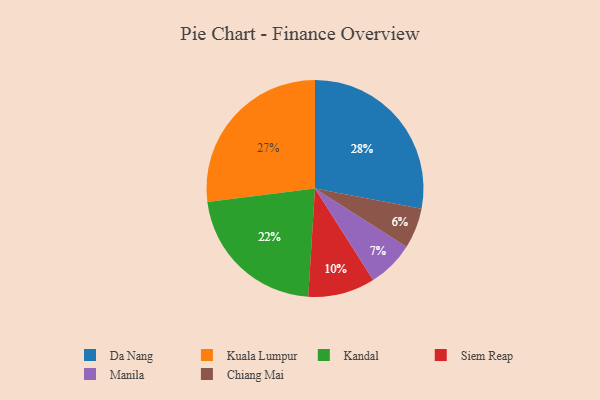
{"axis": {"x": "Category", "y": "Percentage"}, "legend": ["Chiang Mai", "Da Nang", "Kandal", "Kuala Lumpur", "Manila", "Siem Reap"], "data": [{"x": "Chiang Mai", "y": 6, "type": "Chiang Mai"}, {"x": "Siem Reap", "y": 10, "type": "Siem Reap"}, {"x": "Manila", "y": 7, "type": "Manila"}, {"x": "Kuala Lumpur", "y": 27, "type": "Kuala Lumpur"}, {"x": "Kandal", "y": 22, "type": "Kandal"}, {"x": "Da Nang", "y": 28, "type": "Da Nang"}]}